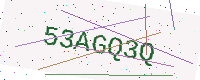
Text: 53AGQ3Q